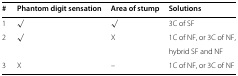
<table><thead><tr><td><b>#</b></td><td><b>Phantom digit sensation</b></td><td><b>Area of stump</b></td><td><b>Solutions</b></td></tr></thead><tbody><tr><td>1</td><td><i>√</i></td><td><i>√</i></td><td>3C of SF</td></tr><tr><td>2</td><td><i>√</i></td><td>X</td><td>1C of NF, or 3C of NF,</td></tr><tr><td></td><td></td><td></td><td>hybrid SF and NF</td></tr><tr><td>3</td><td>X</td><td>–</td><td>1C of NF, or 3C of NF</td></tr></tbody></table>